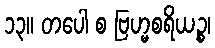
၁၃။ တပေါ စ ဗြဟ္မစရိယဉ္စ၊